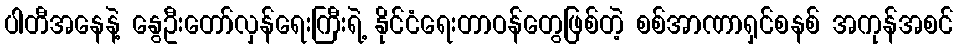
ပါတီအနေနဲ့ နွေဦးတော်လှန်ရေးကြီးရဲ့ နိုင်ငံရေးတာဝန်တွေဖြစ်တဲ့ စစ်အာဏာရှင်စနစ် အကုန်အစင်